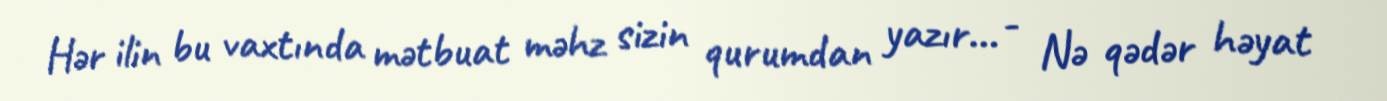
Hər ilin bu vaxtında mətbuat məhz sizin qurumdan yazır... - Nə qədər həyat